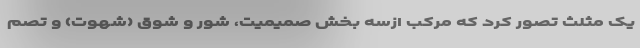
یک مثلث تصور کرد که مرکب ازسه بخشِ صمیمیت، شور و شوق (شهوت) و تصم